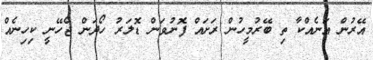
އޭރުން އަނެއްކާ ތި ބޭރުމީހުން ރަށައް ފޮނުވަން ޑޮލަރު ހޯދަން ޖެހޭނީ ކިހިނެއް